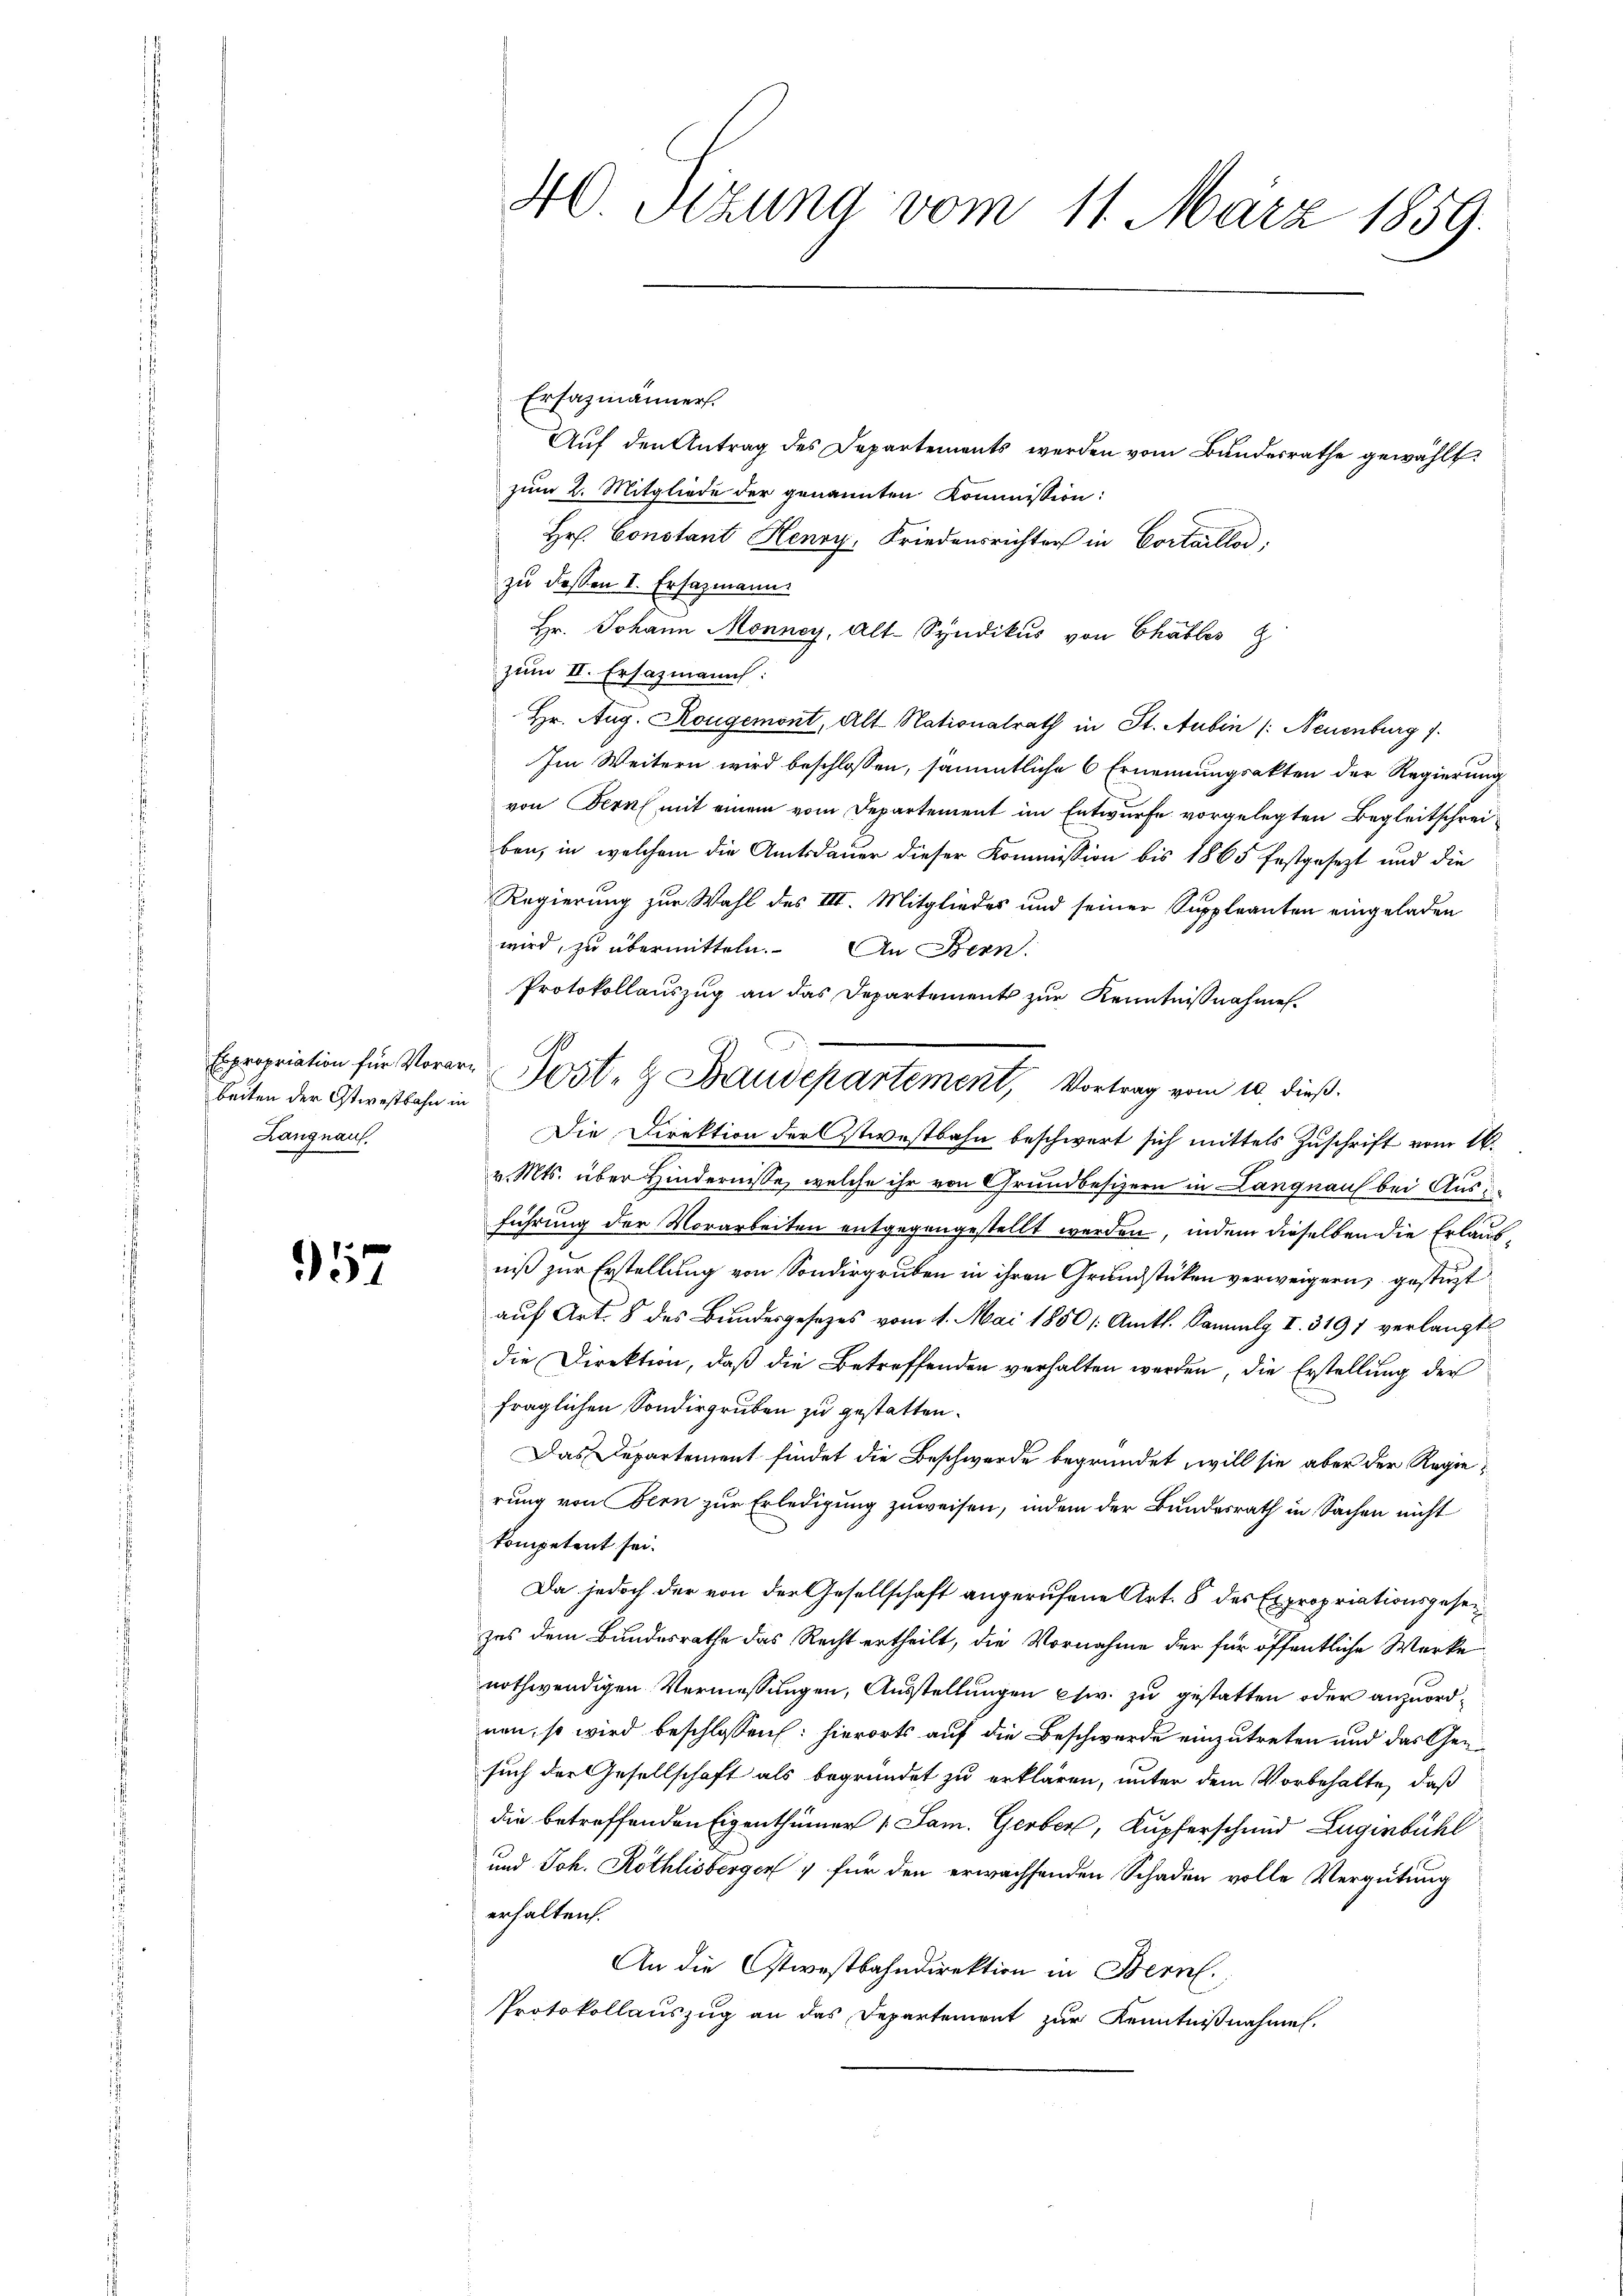
beiten der Ostwestbahn in
Langnau.

57

Ersazmänners.
Auf den Antrag des Departements werden vom Bundesrathe gewählt
zum 2. Mitgliede der genannten Kommission:
Hr. Constant Henry, Friedensrichter in Cortaillo
zu dessen I. Ersazmann
Hr. Johann Monncy, Alt-Syndikus von Chables
zum II. Ersazmanns:
Hr. Aug. Kougemont, Alt Nationalrath in St. Aubin /: Neuenburg 1.
Im Weitern wird beschlossen, sämmtliche 6 Ernennungsakten der Regierung
von Bern mit einem vom Departement im Entwurfe vorgelegten Begleitschreiben, in welchem die Amtsdauer dieser Kommission bis 1865 festgesezt und die
Regierung zur Wahl des III. Mitgliedes und seiner Suppleanten eingeladen
wird, zu übermitteln. An Bern.
Protokollauszug an das Departement zur Kenntnißnahmen.
Die Direktion der Ostwestbahn beschwert sich mittels Zuschrift vom 16.
v. Mts. über Hindernisse, welche ihr von Grundbesizern in Langnau bei Ausführung der Vorarbeiten entgegengestellt werden, indem dieselben die Erlaubniß zur Erstellung von Sondergruben in ihren Grundstücken verweigern, gesteht
auf Art. 8 des Bundesgesetzes vom 1. Mai 1850 /: Amtl. Sanaly I. 3191 verlangt
die Direktion, daß die Betreffenden verhalten werden, die Erstellung der
fraglichen Sondergruben zu gestatten.
Das Departement findet die Beschwerde begründet, will sie aber der Regierung von Bern zur Erledigung zuweisen, indem der Bundesrath in Sachen nicht
kompetent sei.
Da jedoch der von der Gesellschaft angerufene Art. 8 des Expropriationsgeseizes dem Bundesrathe das Recht ertheilt, die Vornahme der für öffentliche Werke
nothwendigen Vermessungen, Ausstellungen chw. zu gestatten oder anzuordnen, so wird beschlossen: hierorts auf die Beschwerde einzutreten und das Gesuch der Gesellschaft als begründet zu erklären, unter dem Vorbehalte, daß
die betreffenden Eigenthümer [Sam. Gerber, Kupferschmid Lugenbühl
und Joh. Röthlisberger & für den erwachsenden Schaden volle Vergütung
erhalten.
An die Ostwestbahndirektion in Bern.
Protokollauszug an das Departement zur Kenntnißnahmen.

40 Sizung vom 11. März 1859.

Expropriation für Vorare Post- & Baudepartement, Vortrag vom 10. dieß.